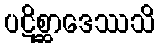
ပဋိစ္ဆာဒေဿသိ